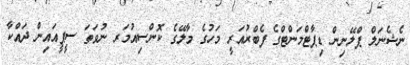
ނެޝެނަލް ޕްލޭނިން ޑިޕާޓްމަންޓްގެ ފެބްރުއަރީ މަހުގެ މާލޭގެ ކޮންސިއުމަރ ނުވަތަ ސީޕީއައިން ދައްކާ